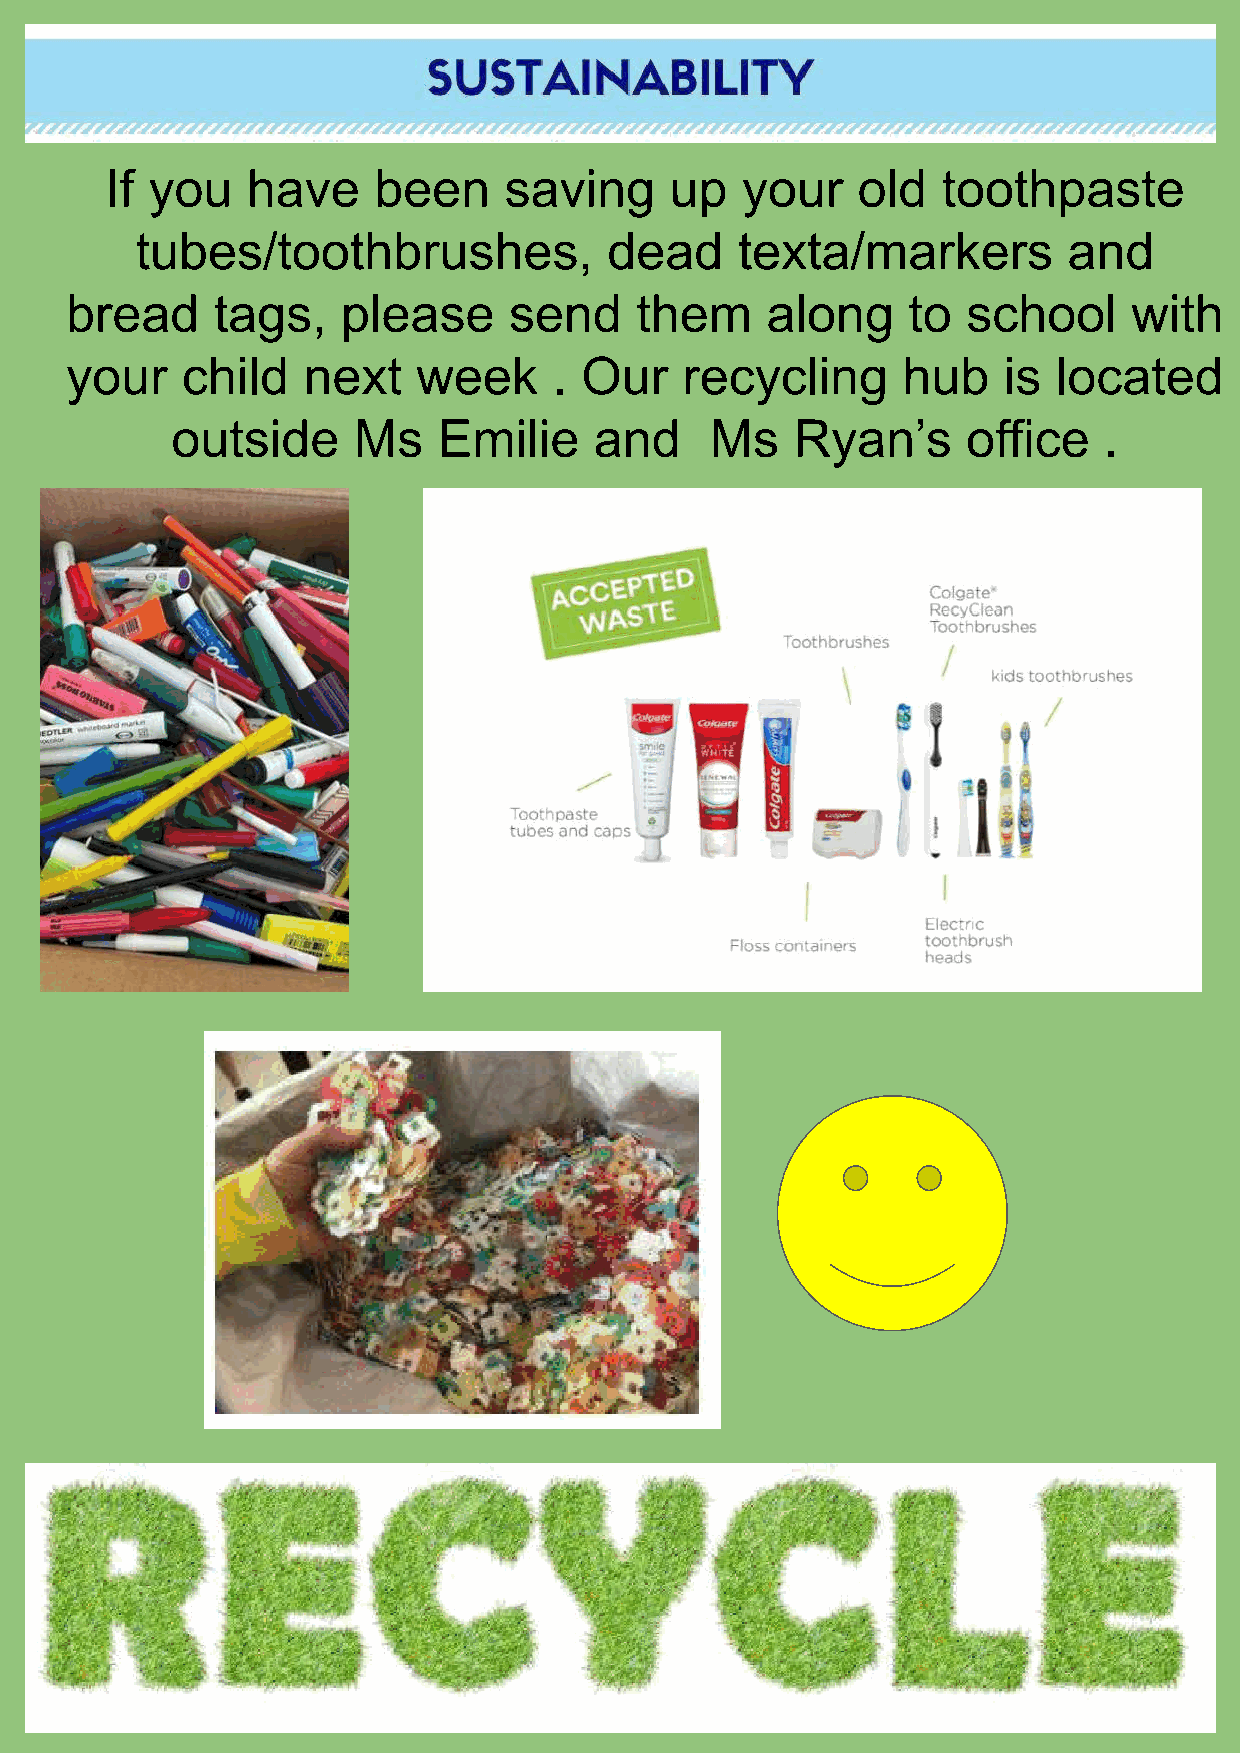
If you   have     been    saving     up   your    old  toothpaste
 tubes/toothbrushes,            dead     texta/markers         and
 bread     tags,    please     send    them     along    to  school     with
 your    child   next    week     . Our   recycling      hub   is  located
 outside     Ms    Emilie    and     Ms    Ryan’s     office   .